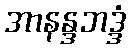
အာနန္ဒဘဒ္ဒံ